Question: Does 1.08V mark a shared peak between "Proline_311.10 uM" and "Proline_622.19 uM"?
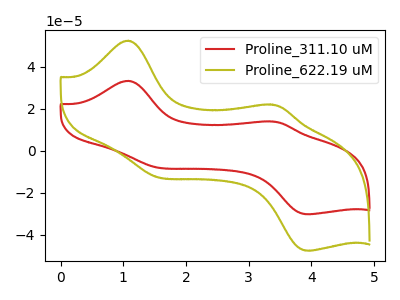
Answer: <think>The red curve "Proline_311.10 uM" has anodic peaks at (1.10V, 33.35uA) (3.35V, 14.00uA) and cathodic peaks at (1.50V, -7.70uA) (3.95V, -30.15uA). The olive curve "Proline_622.19 uM" has anodic peaks at (1.10V, 52.50uA) (3.35V, 22.05uA) and cathodic peaks at (1.50V, -12.10uA) (3.95V, -47.50uA).</think>
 <answer>Yes, "Proline_311.10 uM" and "Proline_622.19 uM" share a peak at 1.08V.</answer>
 <eval>match</eval>